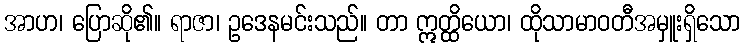
အာဟ၊ ပြောဆို၏။ ရာဇာ၊ ဥဒေနမင်းသည်။ တာ ဣတ္ထိယော၊ ထိုသာမာဝတီအမှူးရှိသော